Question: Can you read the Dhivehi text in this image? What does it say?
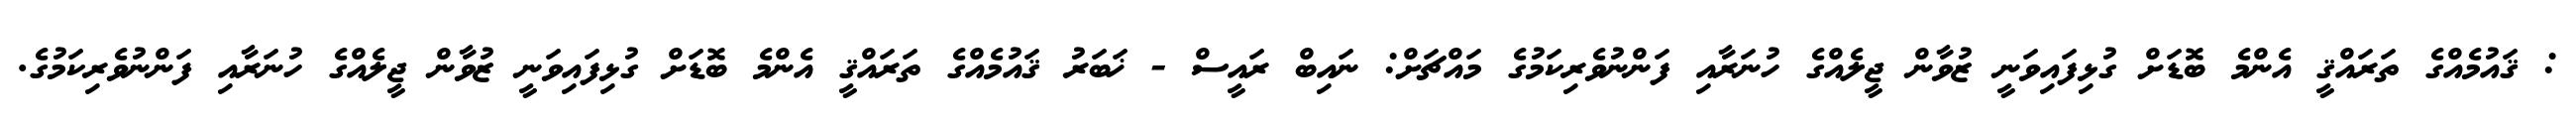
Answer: : ޤައުމެއްގެ ތަރައްޤީ އެންމެ ބޮޑަށް ގުޅިފައިވަނީ ޒުވާން ޖީލެއްގެ ހުނަރާއި ފަންނުވެރިކަމުގެ މައްޗަށް: ނައިބް ރައީސް - ޚަބަރު ޤައުމެއްގެ ތަރައްޤީ އެންމެ ބޮޑަށް ގުޅިފައިވަނީ ޒުވާން ޖީލެއްގެ ހުނަރާއި ފަންނުވެރިކަމުގެ.